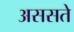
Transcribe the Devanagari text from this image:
अससते